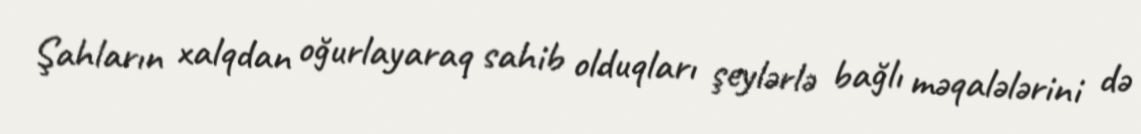
Şahların xalqdan oğurlayaraq sahib olduqları şeylərlə bağlı məqalələrini də